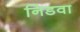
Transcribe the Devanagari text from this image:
निडवा